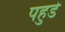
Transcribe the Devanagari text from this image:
पहुडे